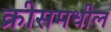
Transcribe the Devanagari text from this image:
क्रीसमधील